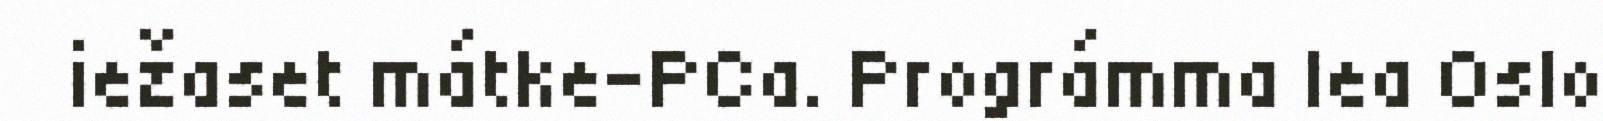
iežaset mátke-PCa. Prográmma lea Oslo